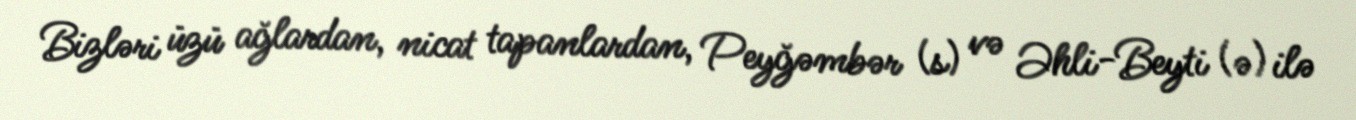
Bizləri üzü ağlardan, nicat tapanlardan, Peyğəmbər (s) və Əhli-Beyti (ə) ilə